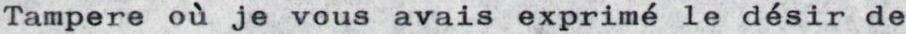
Tampere où je vous avais exprimé le désir de